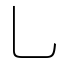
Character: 乚